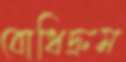
বোধিদ্রুম